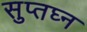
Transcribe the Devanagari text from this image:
सुप्तघ्न